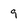
Character: 9